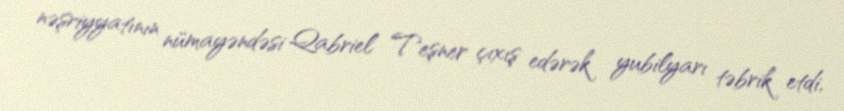
nəşriyyatının nümayəndəsi Qabriel Teşner çıxış edərək yubilyarı təbrik etdi,